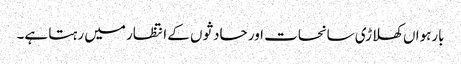
بارہواں کھلاڑی سانحات اور حادثوں کے انتظار میں رہتا ہے۔